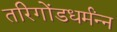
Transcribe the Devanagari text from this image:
तरिगोंडधर्मंन्न